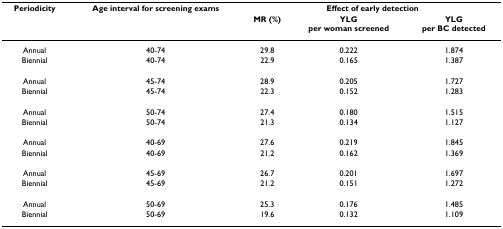
| Periodicity | Age interval for screening exams | <COLSPAN=3> Effect of early detection |
 |  |  | MR (%) | YLGper woman screened | YLGper BC detected |
 | --- | --- | --- | --- | --- |
 | Annual | 40-74 | 29.8 | 0.222 | 1.874 |
 | Biennial | 40-74 | 22.9 | 0.165 | 1.387 |
 | Annual | 45-74 | 28.9 | 0.205 | 1.727 |
 | Biennial | 45-74 | 22.3 | 0.152 | 1.283 |
 | Annual | 50-74 | 27.4 | 0.180 | 1.515 |
 | Biennial | 50-74 | 21.3 | 0.134 | 1.127 |
 | Annual | 40-69 | 27.6 | 0.219 | 1.845 |
 | Biennial | 40-69 | 21.2 | 0.162 | 1.369 |
 | Annual | 45-69 | 26.7 | 0.201 | 1.697 |
 | Biennial | 45-69 | 21.2 | 0.151 | 1.272 |
 | Annual | 50-69 | 25.3 | 0.176 | 1.485 |
 | Biennial | 50-69 | 19.6 | 0.132 | 1.109 |